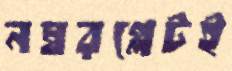
নম্বরপ্লেটই